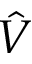
\hat { V }